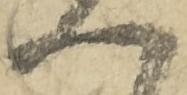
一